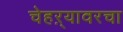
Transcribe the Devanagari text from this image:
चेहऱ्यावरचा